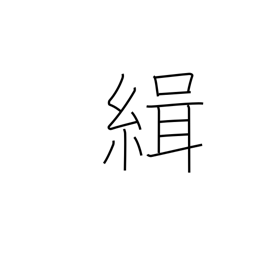
Meaning: bring together